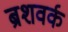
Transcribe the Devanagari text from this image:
ब्रशवर्क